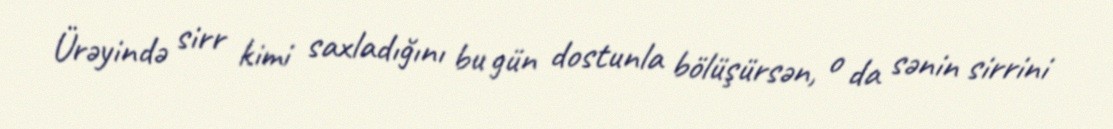
Ürəyində sirr kimi saxladığını bu gün dostunla bölüşürsən, o da sənin sirrini